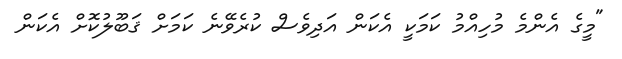
"މީގެ އެންމެ މުހިއްމު ކަމަކީ އެކަން އަދިވެސް ކުރެވޭނެ ކަމަށް ޤަބޫލުކޮށް އެކަން